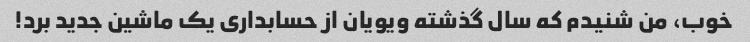
خوب، من شنیدم که سال گذشته ویویان از حسابداری یک ماشین جدید برد!